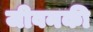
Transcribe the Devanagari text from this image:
जीवनकी